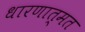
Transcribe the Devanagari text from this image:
धारणात्मत